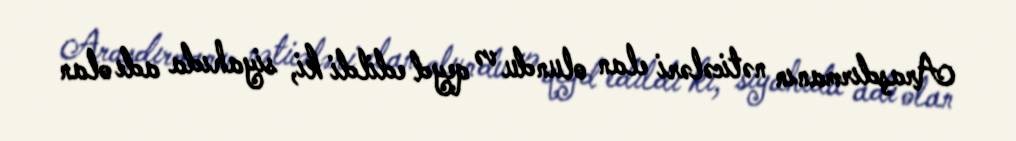
Araşdırmanın nəticələri elan olundu və qeyd edildi ki, siyahıda adı olan